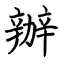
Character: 辦